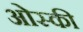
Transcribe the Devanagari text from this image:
ओस्की